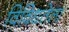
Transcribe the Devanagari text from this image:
विविधतेला